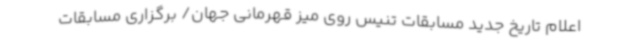
اعلام تاریخ جدید مسابقات تنیس روی میز قهرمانی جهان/ برگزاری مسابقات